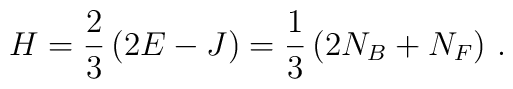
H = \frac{2}{3} \left( 2 E - J \right) = \frac{1}{3}     \left( 2 N_B + N_F \right) \,.